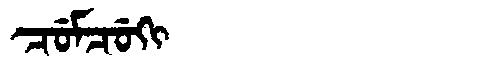
Manchu: ᠴᡠᠮᠴᡠᡴᡳ
Romanization: CUMCUKI